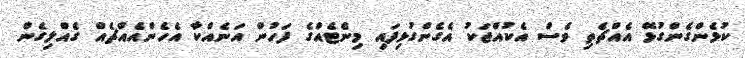
ކުޅެންގެންގުޅޭ އެއްޗެތި ވެސް އެކުއްޖަކު އެގެންގުޅިފައި މިނެޓެއްގެ ފަހުން އަނެއްކާ އެހެންއެއްޗެއް ގެއްލިގެން